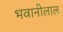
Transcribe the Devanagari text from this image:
भवानीलाल